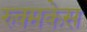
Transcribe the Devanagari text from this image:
रुक्मकेस